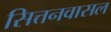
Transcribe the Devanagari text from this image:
सित्तनवासल